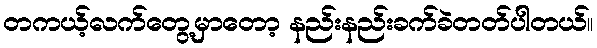
တကယ့်လက်တွေ့မှာတော့ နည်းနည်းခက်ခဲတတ်ပါတယ်။